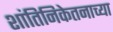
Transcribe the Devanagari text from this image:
शांतिनिकेतनाच्या